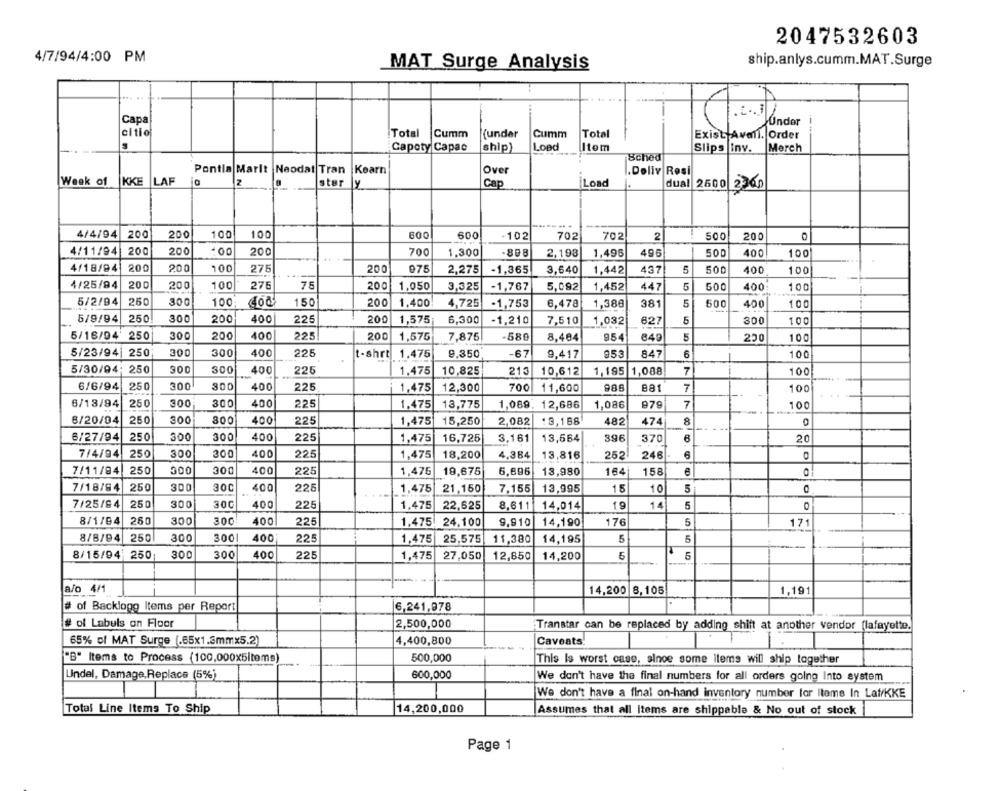
2047532603
4/7/94/4:00 PM
ship.anlys.cumm.MAT.Surge
MAT Surge Analysis
Capa
Under
--
citio
Total
Cumm
(under
Cumm
Total
Exist Avall. Order
Capoty Capac
ship)
Load
Item
Slips Inv.
Merch
Sched
Pontla Marit Naodat Tran
Kearn
Over
.Doliv Rosi
Week of KKE LAF
z
ster
14
Cap
Load
dual 2600
4/4/94
200
200
100
100
600
600
-102
702
702
2
500
200
4/11/94
200
200
200
700
1,300
-808
2,198
1,496
495
500
400
100
4/18/84
200
200
100
275
200
975
2.275
-1,365
3,640
1,442
437
5
500
400
100
4/25/94
200
200
100
276
200
1,050
5
400:
75
3,325
-1,767
5,092
1,452
447
500
100
5/2/94
250
100
150
300
200
1,400
4,725
-1,753
6,478
1,388
381
5
500
400
100
5/9/94
250
300
200
400
225
200
1,575;
6,300
-1,210
7,510
1,032
627
5
300
100
5/16/94' 250
300
200
400
225
200
1,575
7,875
-589
8.484
954
849
5
220
100
5/23/94| 250
300
300
400
225
t-shrt
1.475
9,350
-67
9,417
953
847
6
100
5/30/94: 250
300
300
400
225
1.475
10,825
213
10,612
1,195
1,088
7
100
6/6/94
250
300
300
400
225
1,475
12,300
700
11,600
985
881
7
100
6/18/94
250
300
300
400
225
1,086
979
7
1.475
13,775
1,089. 12,686
100
8/20/04
250
300
800
13,168
400
225
1,475
15,250
2,082
482
474
8
6/27/94
250
300
300
400
225
1,475
16,725
3,161
13,664
396
370
20
7/4/94
250
300
300
400
225
1.475
18,200
4,384
13,816
252
246
7/11/84
250
300
300
400
225
1,475
19,675
6,696
13,980
164
158
7/18/94
250
300
30C
400
225
1,475
21,150
7.155
13,995
15
10
5
7/25/84
250
300
30C
400
225
1.475
22,625
8,611
14,014
19
14
5
0
8/1/04
250
300
300
400
225
1,475 24,100
9,910
14,190
176
5
171
8/8/94
250
300
300
400
225
1.475
25,575
11,380
14,195
5
300
300
400
5
8/15/94 250
225
1,475
27,050
12,850
14,200
a/o 4/1
14,200 8,105
1,191
# of Backlogg Items per Report
6,241,978
# of Labels on Floor
2,500,000
Transtar can be replaced by adding shift at another vendor (lafayette.
65% of MAT Surge (.65x1.3mmx5.2)
4,400,800
Caveats!
"B" Items to Process (100,000x5items)
500,000
This Is worst case, sinoe some items will ship together
Undel, Damage,Replace (5%)
600,000
We don't have the final numbers for all orders going Into system
We don't have a final on-hand inventory number for Items In Lat/KKE
Total Line Items To Ship
14,200,000
Assumes that all Items are shippable & No out of stock
Page 1